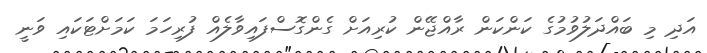
އަދި މި ބައްދަލުވުމުގެ ކަންކަން ރާއްޖޭން ކުރިއަށް ގެންގޮސްފައިވާލެއް ފުރިހަމަ ކަމަށްޓަކައި ވަނީ